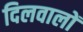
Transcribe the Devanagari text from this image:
दिलवालों